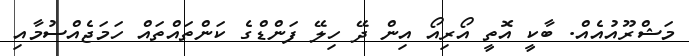
މަޝްރޫއުއެއް. ބާކީ އޮތީ އޯރިއޯ އިން ދޭ ހިލޭ ފަންޑްގެ ކަންތައްތައް ހަމަޖެއްސުމާއި